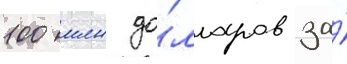
100 млн до́лларов за́